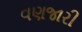
વણજારી